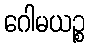
ဂေါမယဉ္စ